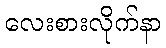
လေးစားလိုက်နာ